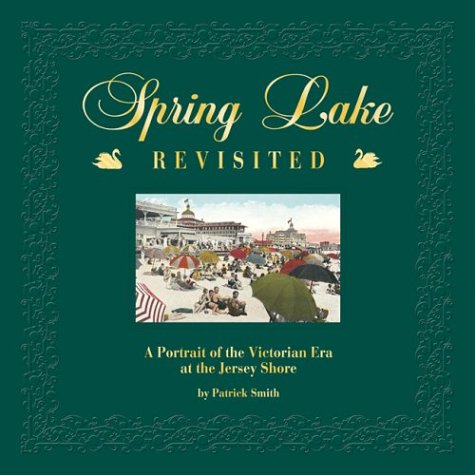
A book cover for Spring Lake, Revisited: A Portrait of the Victorian Era at the Jersey Shore; Patrick Smith; Crafts, Hobbies & Home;